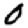
Digit: 0